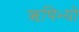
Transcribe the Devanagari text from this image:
ऋषिभ्यो